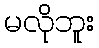
မလိုဘူး